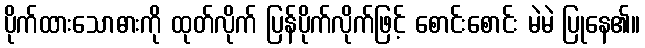
ပိုက်ထားသောဓားကို ထုတ်လိုက် ပြန်ပိုက်လိုက်ဖြင့် စောင်းစောင်း မဲမဲ ပြုနေ၏။